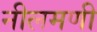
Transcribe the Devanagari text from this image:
नीलमणी